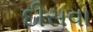
દીસવા